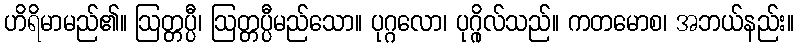
ဟိရိမာမည်၏။ ဩတ္တပ္ပီ၊ ဩတ္တပ္ပီမည်သော။ ပုဂ္ဂလော၊ ပုဂ္ဂိုလ်သည်။ ကတမောစ၊ အဘယ်နည်း။